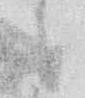
候